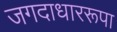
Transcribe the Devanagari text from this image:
जगदाधाररूपा